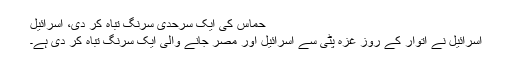
حماس کی ایک سرحدی سرنگ تباہ کر دی، اسرائیل
اسرائیل نے اتوار کے روز غزہ پٹی سے اسرائیل اور مصر جانے والی ایک سرنگ تباہ کر دی ہے۔